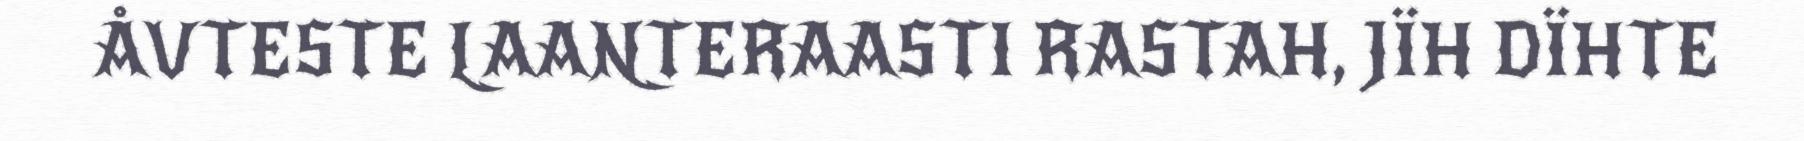
ÅVTESTE LAANTERAASTI RASTAH, JÏH DÏHTE